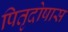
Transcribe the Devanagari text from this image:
पितृदोषास